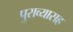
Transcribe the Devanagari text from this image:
पुराव्यासह